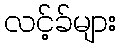
လင့်ခ်များ